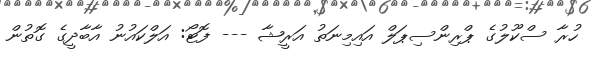
ހުރާ ސްކޫލުގެ ޕްރިންސިޕަލް އައިމިނަތު އަރީޝާ --- ފޮޓޯ: އަލްކައުނު އާބާދީގެ ގޮތުން